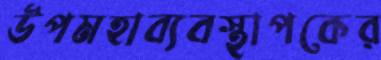
উপমহাব্যবস্থাপকের